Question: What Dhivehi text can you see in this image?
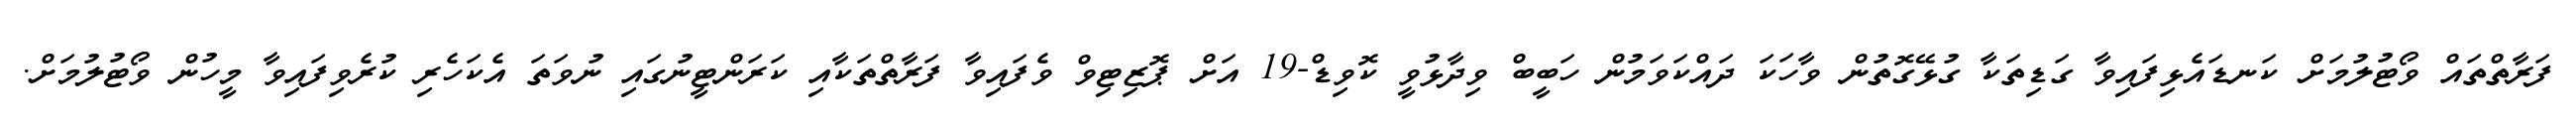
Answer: ފަރާތްތައް ވޯޓުލުމަށް ކަނޑައެޅިފައިވާ ގަޑިތަކާ ގުޅޭގޮތުން ވާހަކަ ދައްކަވަމުން ހަބީބް ވިދާޅުވީ ކޮވިޑް-19 އަށް ޕޮޒިޓިވް ވެފައިވާ ފަރާތްތަކާއި ކަރަންޓީނުގައި ނުވަތަ އެކަހެރި ކުރެވިފައިވާ މީހުން ވޯޓުލުމަށް.